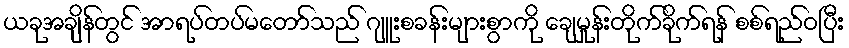
ယခုအချိန်တွင် အာရပ်တပ်မတော်သည် ဂျူးစခန်းများစွာကို ချေမှုန်းတိုက်ခိုက်ရန် စစ်ရည်ဝပြီး